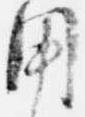
用